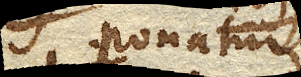
Ponatur